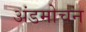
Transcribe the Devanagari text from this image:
अंडमोचन